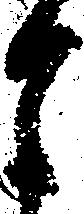
月